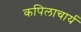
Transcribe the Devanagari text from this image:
कपिलाचार्य